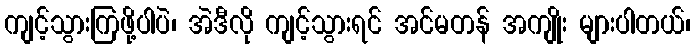
ကျင့်သွားကြဖို့ပါပဲ၊ အဲဒီလို ကျင့်သွားရင် အင်မတန် အကျိုး များပါတယ်၊